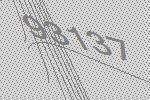
93137